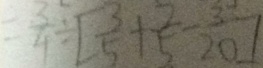
= \frac { 3 } { 4 } \div [ \frac { 3 } { 5 } + \frac { 2 } { 5 } - \frac { 3 } { 2 0 } ]